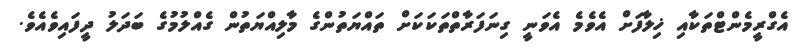
އެގްރީމެންޓްތަކާއި ޚިލާފަށް އެވެމެ އެވަނީ ގިނަފަރާތްތަކަކަށް ތައްޔަތުންގެ މާލިއްޔަތުން ގެއްލުމުގެ ބަދަލު ދީފައިވެއެވެ.